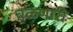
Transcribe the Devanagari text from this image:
वळणारी